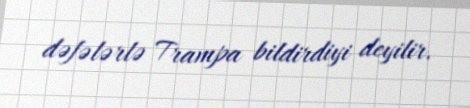
dəfələrlə Trampa bildirdiyi deyilir.